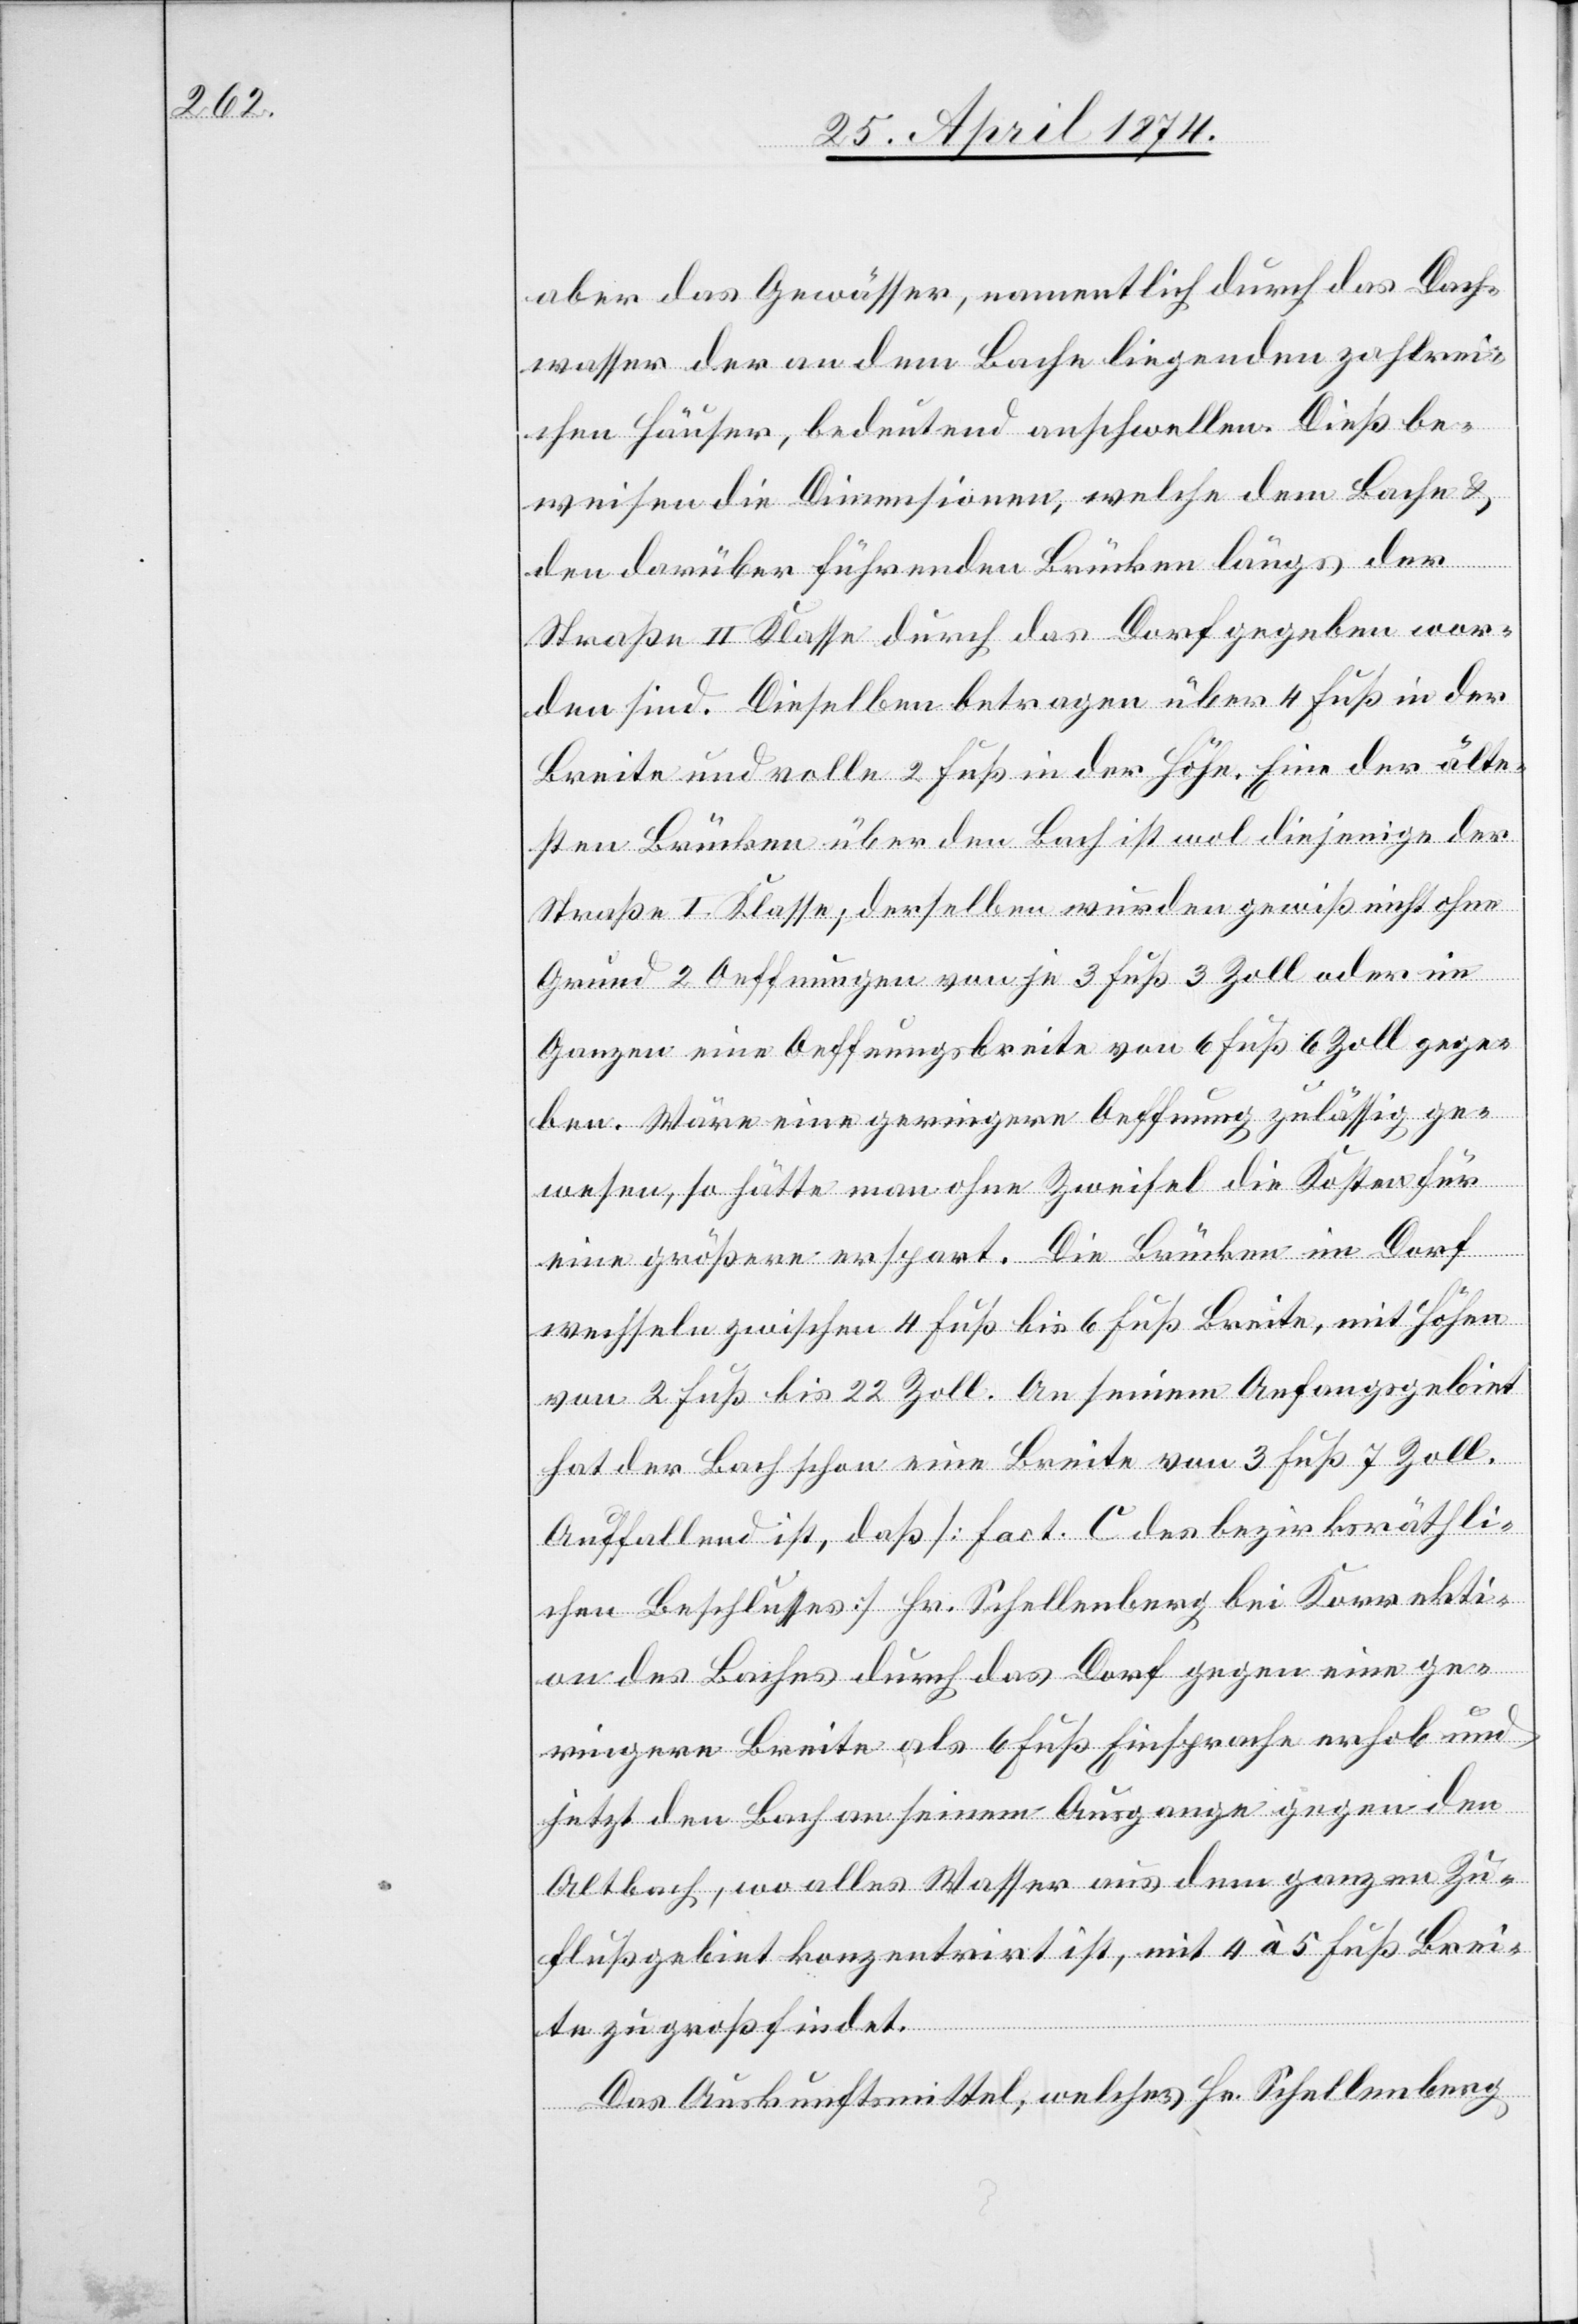
aber das Gewässer, namentlich durch das Dach¬
wasser der an dem Bache liegenden zahlrei¬
chen Häuser, bedeutend anschwellen. Dieß be¬
weisen die Dimensionen, welche dem Bache u.
den darüber führenden Brücken längs der
Straße II. Klasse durch das Dorf gegeben wor¬
den sind. Dieselben betragen über 4 Fuß in der
Breite und volle 2 Fuß in der Höhe. Eine der älte¬
sten Brücken über den Bach ist wol diejenige der
Straße I. Klasse, derselben wurden gewiß nicht ohne
Grund 2 Oeffnungen von je 3 Fuß 3 Zoll oder im
Ganzen eine Oeffnungsbreite von 6 Fuß 6 Zoll gege¬
ben. Wäre eine geringere Oeffnung zulässig ge¬
wesen, so hätte man ohne Zweifel die Kosten für
eine größere erspart. Die Brücken im Dorf
wechseln zwischen 4 Fuß bis 6 Fuß Breite, mit Höhen
von 2 Fuß bis 22 Zoll. An seinem Anfangsgebiet
hat der Bach schon eine Breite von 3 Fuß 7 Zoll.
Auffallend ist, daß [fact. C des bezirksräthli¬
chen Beschlusses] Hr. Schellenberg bei Korrekti¬
on des Baches durch das Dorf gegen eine ge¬
ringere Breite als 6 Fuß Einsprache erhob und
jetzt den Bach an seinem Ausgange gegen den
Altbach, wo alles Wasser aus dem ganzen Zu¬
flußgebiet konzentrirt ist, mit 5 à 5 Fuß Brei¬
te zu groß findet.
Das Auskunftsmittel, welches Hr. Schellenberg